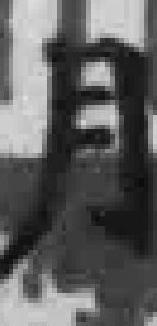
月